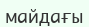
майдағы